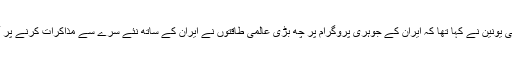
اس کے جواب میں یورپی یونین نے کہا تھا کہ ایران کے جوہری پروگرام پر چھ بڑی عالمی طاقتوں نے ایران کے ساتھ نئے سرے سے مذاکرات کرنے پر آمادگی ظاہر کردی ہے۔